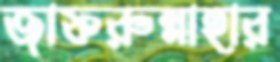
জাফরুন্নাহার